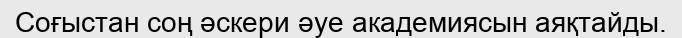
Соғыстан соң әскери әуе академиясын аяқтайды.